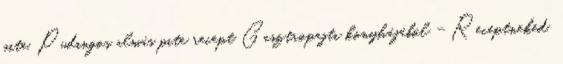
pite. Pudingos almás pite recept Gasztropajti konyhájából - Receptneked.